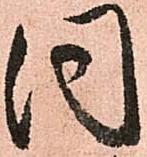
同